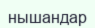
нышандар